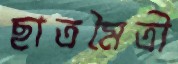
ছাত্রমৈত্রী